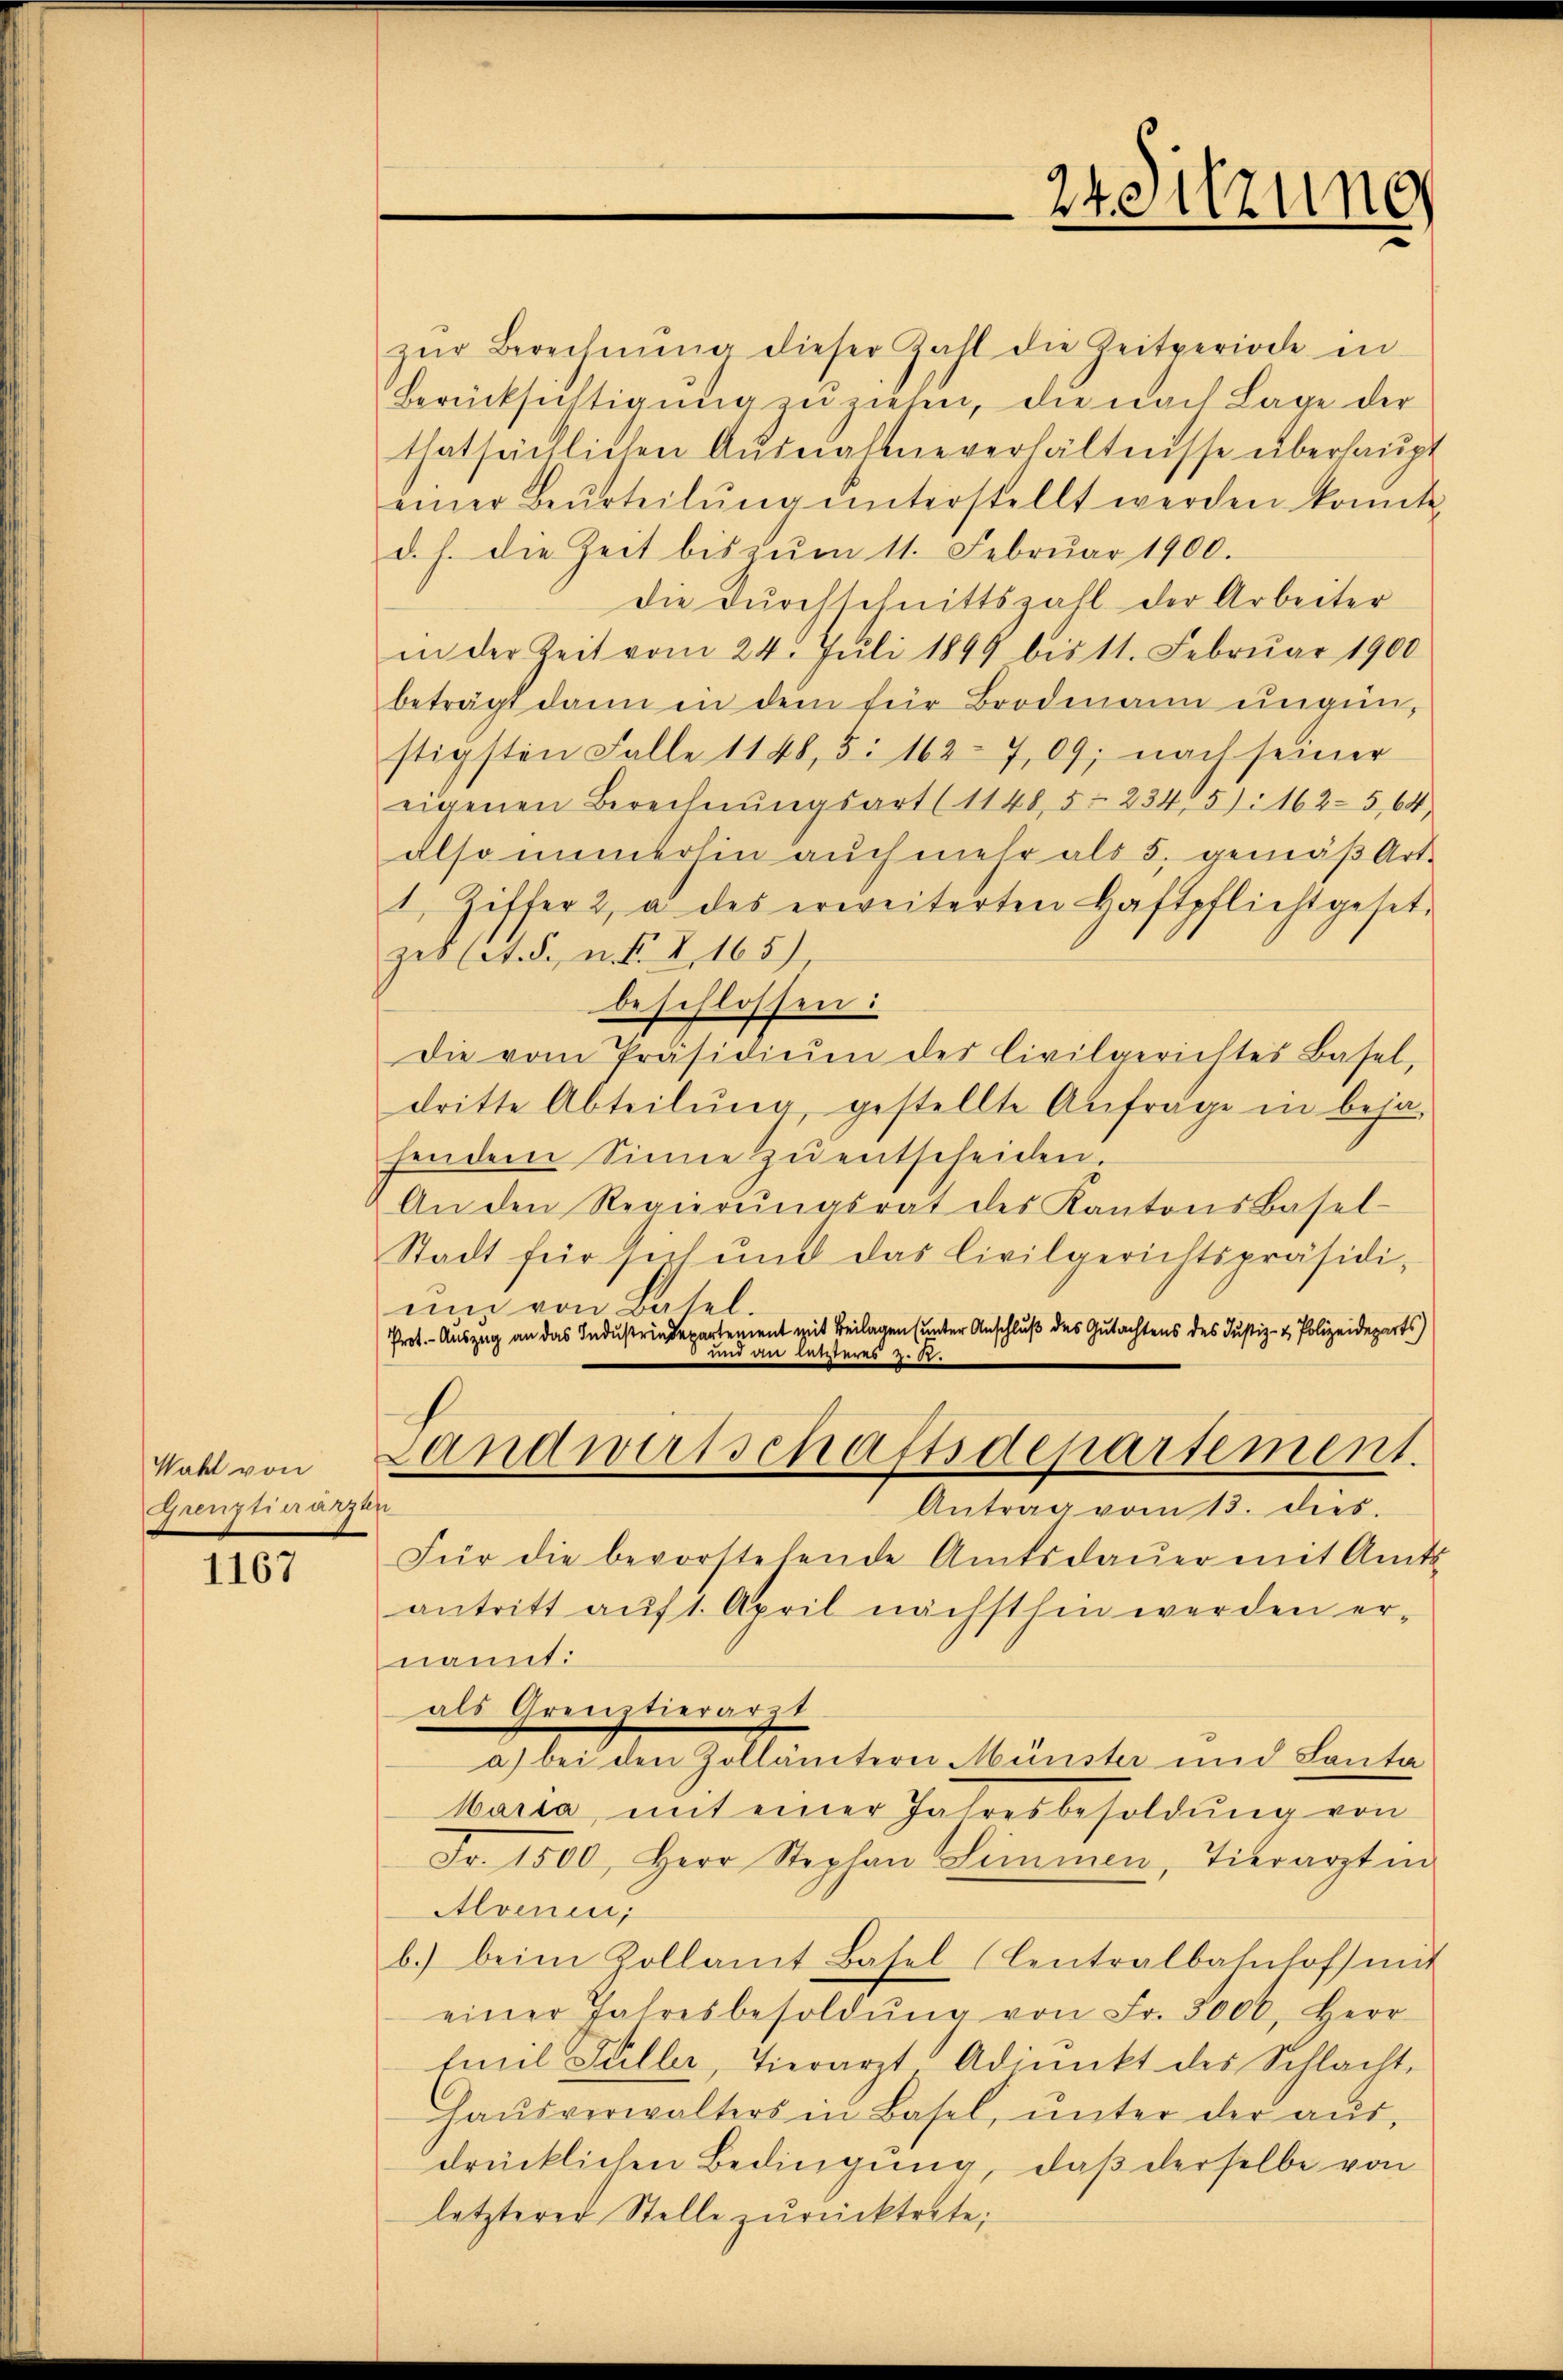
Wahl von
Grenztierärzen

1167

zŭr Berechnŭng dieser Zahl die Zeitperiode in
Berücksichtigung zu ziehen, die nach Lage der
thatsächlichen Ausnahmeverhältnisse überhaupt
einer Beurteilŭng ŭnterstellt werden konnte,
d. h. die Zeit bis zŭm 11. Febrŭar 1900.
Die Dŭrchschnittszahl der Arbeiter
in der Zeit vom 24. Juli 1849 bis 11. Februar 1900
beträgt dann in dem für Brodmann ungünstigsten Falle 1148, 3: 1627,09; nach seiner
eigenen Berechnŭngsart (11485. 2345): 162-5,64
also immerhin auch mehr als 5. gemäß Art.
1. Ziffer 2, a des erweiterten Haftpflicht gesetzeb (lt. S., n. F. V 165)
beschlossen:
Die vom Präsidiŭm des Civilgerichtes Basel,
dritte Abteilŭng, gestellte Anfrage in beja-
fendem Sinne zŭ entscheiden.
An den Regierŭngsrat des Kantons Basel-
Stadt für sich und das Civilgerichtspräsidi-
ni von Batel.
Prot. - Auszug an das Industrindepartement mit Beilagen (unter Anschluß des Gutachtens des Justiz- & Polizeideparts
 und an leiteres z. R.
Landwirtschaftsdepartement.
Antrag vom 13. dies.
Für die bevorstehende Amtsdaŭer mit Amts
antritt auf 1. April nächsthin werden er-
nannt:
als Grenztierarzt
a) bei den Zollämtern Münster und Sonta
Maria mit einer Jahresbesoldŭng von
Fr. 1500. Herr Stephan Limmen, Tierarzt in
Alvenen,
b.) beim Zollamt Basel (Centralbahnhof mit
einer Jahresbesoldŭng von Fr. 5000, Herr
Emil Füller, Tierarzt Adjunkt des Schlacht-
Haŭsverwalters in Basel, ŭnter der aŭs-
drücklichen Bedingung, daß derselbe von
letzterer Stelle zŭrücktrete;

24 Sitzung